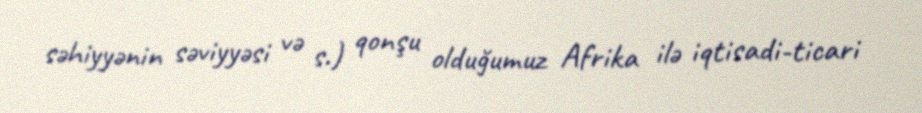
səhiyyənin səviyyəsi və s.) qonşu olduğumuz Afrika ilə iqtisadi-ticari